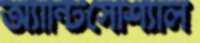
অ্যান্টিসোশ্যাল